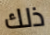
ذلك